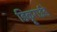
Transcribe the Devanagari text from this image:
डिक्रूराईडे